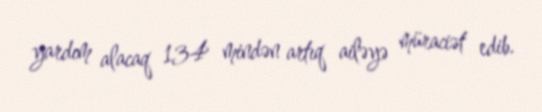
yardım alacaq 134 mindən artıq ailəyə müraciət edib.